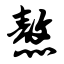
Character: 熬